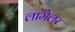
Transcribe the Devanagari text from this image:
लामेलर